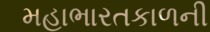
મહાભારતકાળની